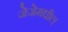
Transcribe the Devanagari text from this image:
जेजेमधील